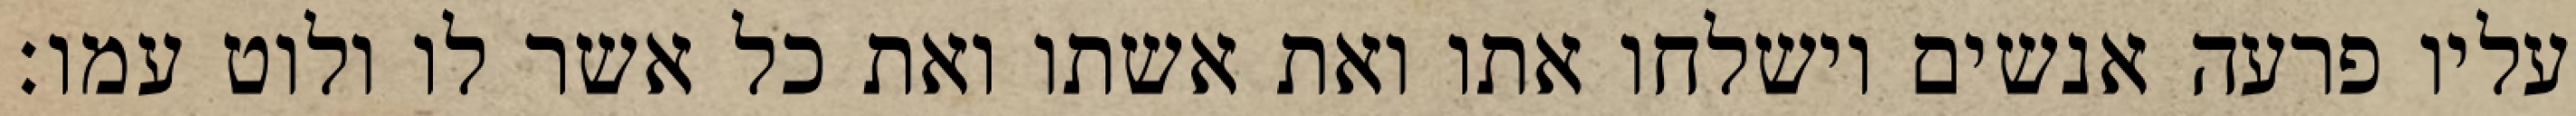
עליו פרעה אנשים וישלחו אתו ואת אשתו ואת כל אשר לו ולוט עמו׃